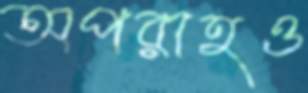
অপরাহও